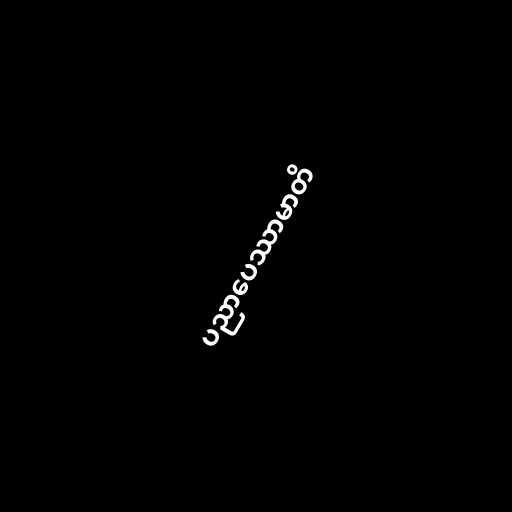
ပညာပေဿာမာတိ